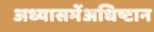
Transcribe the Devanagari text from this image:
अध्यासमेंअधिष्टान